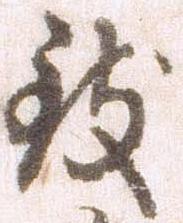
致